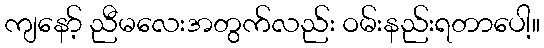
ကျနော့် ညီမလေးအတွက်လည်း ဝမ်းနည်းရတာပေါ့။